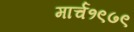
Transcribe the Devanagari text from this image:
मार्च१९७९